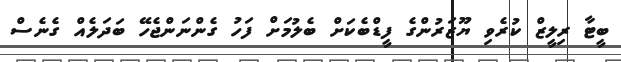
ބީޓާ ރިލީޒް ކުރެވި ޔޫޒަރުންގެ ފީޑްބެކަށް ބެލުމަށް ފަހު ގެންނަންޖެހޭ ބަދަލެއް ގެނެސް